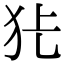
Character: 𭷺